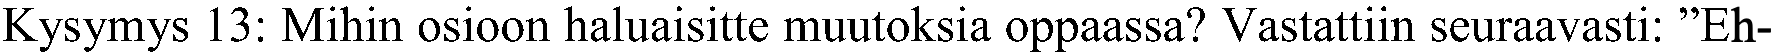
Kysymys 13: Mihin osioon haluaisitte muutoksia oppaassa? Vastattiin seuraavasti: ”Eh-